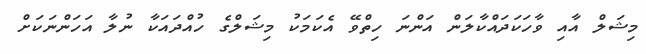
މިޝަލް އާއި ވާހަކަދައްކާލަން އަންނަ ހިތްވޭ އެކަމަކު މިޝަލްގެ ހުއްދައަކާ ނުލާ އަހަންނަކަށް